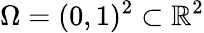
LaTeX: \Omega=(0,1)^{2}\subset\mathbb{R}^{2}